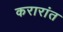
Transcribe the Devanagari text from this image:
करारांत